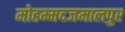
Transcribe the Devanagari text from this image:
मोहम्मदजमालपुर